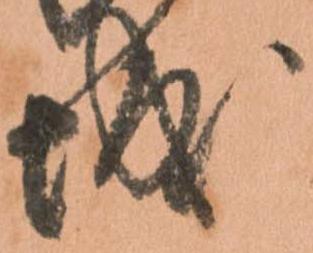
城